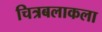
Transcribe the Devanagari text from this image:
चित्रबलाकला